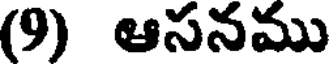
(9) ఆసనము